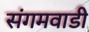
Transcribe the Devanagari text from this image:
संगमवाडी